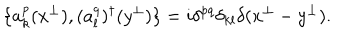
LaTeX: \{ a _ { k } ^ { p } ( x ^ { \perp } ) , ( a _ { l } ^ { q } ) ^ { \dagger } ( y ^ { \perp } ) \} = i \delta ^ { p q } \delta _ { k l } \delta ( x ^ { \perp } - y ^ { \perp } ) .